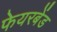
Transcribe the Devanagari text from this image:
फेयरबेंड